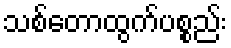
သစ်တောထွက်ပစ္စည်း